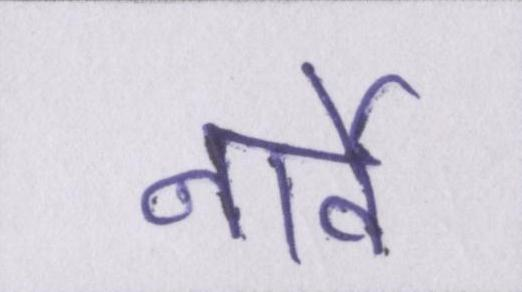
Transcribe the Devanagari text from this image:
नार्वे